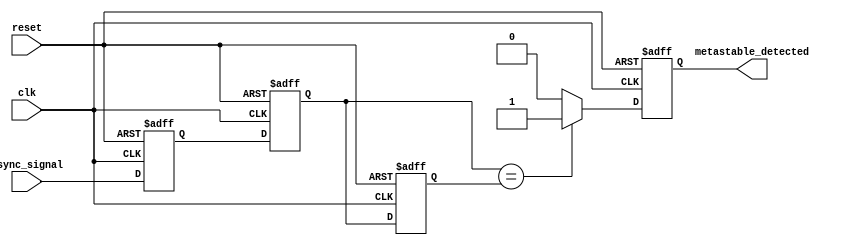
module MetastabilityDetector(
    input wire clk,               // Clock signal
    input wire async_signal,      // Asynchronous input signal to monitor
    input wire reset,             // Reset signal
    output reg metastable_detected // Flag for metastability detection
);

// Internal signals
reg latch1_out;
reg latch2_out;
reg stored_value;

// Latch modeled as non-blocking assignments to mimic latch behavior
always @(posedge clk or posedge reset) begin
    if (reset) begin
        latch1_out <= 1'b0;      // Reset latch1
    end else begin
        latch1_out <= async_signal; // Capture async signal
    end
end

always @(posedge clk or posedge reset) begin
    if (reset) begin
        latch2_out <= 1'b0;      // Reset latch2
    end else begin
        latch2_out <= latch1_out; // Capture latch1 output
    end
end

// Store output of latch2 in a memory block (flip-flop)
always @(posedge clk or posedge reset) begin
    if (reset) begin
        stored_value <= 1'b0;     // Reset stored value
    end else begin
        stored_value <= latch2_out; // Store latch2 output
    end
end

// Metastability detection logic
always @(posedge clk or posedge reset) begin
    if (reset) begin
        metastable_detected <= 1'b0; // Clear detection flag
    end else begin
        // Check for metastability: If latch2 output is stable or shows unexpected transition
        if (latch2_out == stored_value) begin
            metastable_detected <= 1'b1; // Indicate metastable state
        end else begin
            metastable_detected <= 1'b0; // Clear flag if no metastability detected
        end
    end
end

endmodule